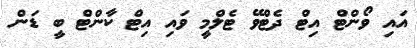
އައި ވޯންޓް އިޓް ދެޓްވޭ ޓެލްމީ ވައި އިޓް ކާންޓް ބީ ޑަން